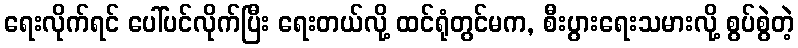
ရေးလိုက်ရင် ပေါ်ပင်လိုက်ပြီး ရေးတယ်လို့ ထင်ရုံတွင်မက, စီးပွားရေးသမားလို့ စွပ်စွဲတဲ့